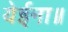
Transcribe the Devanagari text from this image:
येईना॥